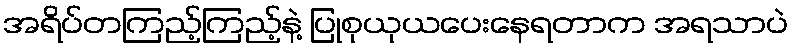
အရိပ်တကြည့်ကြည့်နဲ့ ပြုစုယုယပေးနေရတာက အရသာပဲ